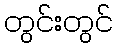
တွင်းတွင်